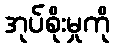
အုပ်စိုးမှုကို